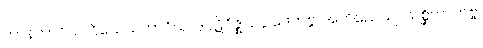
ဟာနဘာဝိယ၊ ဝိသေသဘာဂိယ၊ ဒုပ္ပဋိဝိဇ္ဈ၊ ဥပ္ပါဒေတဗ္ဗ၊ အဘိညေယျ၊ သစ္ဆိကာတဗ္ဗ၊